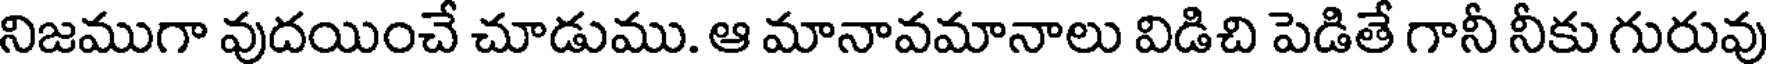
నిజముగా వుదయించే చూడుము. ఆ మానావమానాలు విడిచి పెడితే గానీ నీకు గురువు